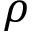
\rho